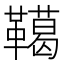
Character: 𩍛